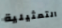
التمثيلية